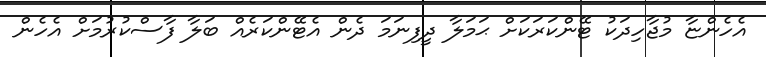
އެހެންޏާ މުޖާހިދަކު ޓޭންކަރަކަށް ޙަމަލާ ދީފިނަމަ ދެން އެޓޭންކަރެއް ބަލާ ފާސްކުރުމަށް އެހެން